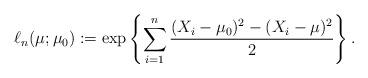
LaTeX: \begin{align*} \ell_n(\mu; \mu_0) := \exp\left\{ \sum_{i=1}^n \frac{(X_i - \mu_0)^2 - (X_i - \mu)^2}{2} \right\}.\end{align*}